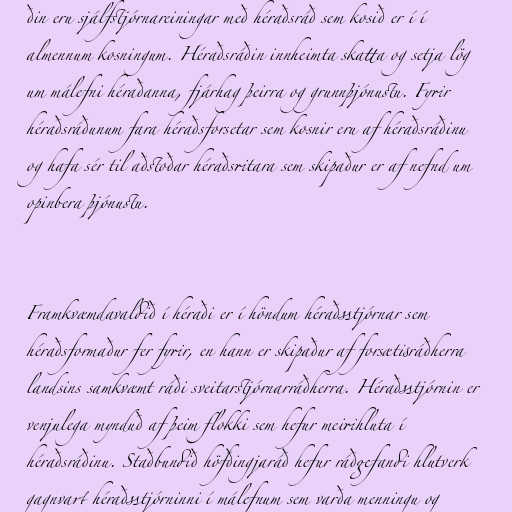
ðin eru sjálfstjórnareiningar með héraðsráð sem kosið er í í
almennum kosningum. Héraðsráðin innheimta skatta og setja lög
um málefni héraðanna, fjárhag þeirra og grunnþjónustu. Fyrir
héraðsráðunum fara héraðsforsetar sem kosnir eru af héraðsráðinu
og hafa sér til aðstoðar héraðsritara sem skipaður er af nefnd um
opinbera þjónustu.

Framkvæmdavaldið í héraði er í höndum héraðsstjórnar sem
héraðsformaður fer fyrir, en hann er skipaður af forsætisráðherra
landsins samkvæmt ráði sveitarstjórnarráðherra. Héraðsstjórnin er
venjulega mynduð af þeim flokki sem hefur meirihluta í
héraðsráðinu. Staðbundið höfðingjaráð hefur ráðgefandi hlutverk
gagnvart héraðsstjórninni í málefnum sem varða menningu og